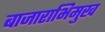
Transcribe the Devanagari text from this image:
बाजाराभिमुख